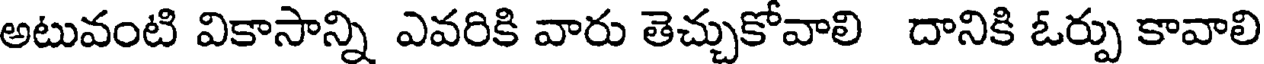
అటువంటి వికాసాన్ని ఎవరికి వారు తెచ్చుకోవాలి దానికి ఓర్పు కావాలి